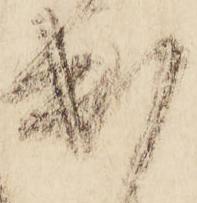
出